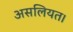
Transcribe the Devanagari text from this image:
असलियत।